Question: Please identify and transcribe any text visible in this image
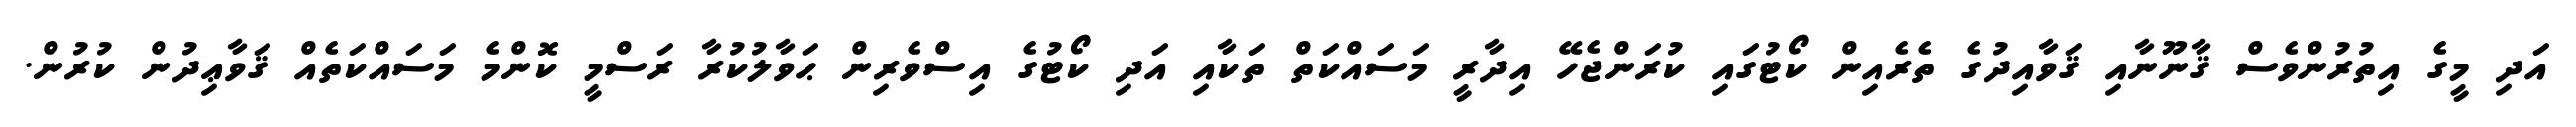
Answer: އަދި މީގެ އިތުރުންވެސް ޤާނޫނާއި ޤަވާއިދުގެ ތެރެއިން ކޯޓުގައި ކުރަންޖެހޭ އިދާރީ މަސައްކަތް ތަކާއި އަދި ކޯޓުގެ އިސްވެރިން ޙަވާލުކުރާ ރަސްމީ ކޮންމެ މަސައްކަތެއް ޤަވާޢިދުން ކުރުން.